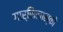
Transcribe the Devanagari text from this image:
गार्सिलास्को